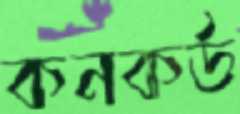
কনকর্ড